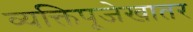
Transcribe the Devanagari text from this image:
व्यक्तिपूजेखातर